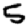
Digit: 5